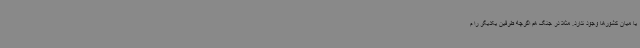
یا میان کشورها وجود ندارد. مثلا در جنگ هم اگرچه طرفین یکدیگر را م